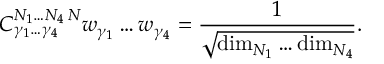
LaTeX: { C } _ { \gamma _ { 1 } \ldots \gamma _ { 4 } } ^ { N _ { 1 } \ldots N _ { 4 } \, N } w _ { \gamma _ { 1 } } \ldots w _ { \gamma _ { 4 } } = { \frac { 1 } { \sqrt { \mathrm { d i m } _ { N _ { 1 } } \ldots \mathrm { d i m } _ { N _ { 4 } } } } } .